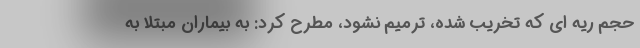
حجم ریه ای که تخریب شده، ترمیم نشود، مطرح کرد: به بیماران مبتلا به